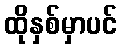
ထိုနှစ်မှာပင်